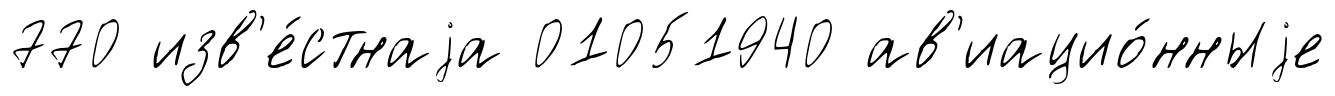
770 изв'е́стнаjа 01051940 ав'иацио́нныjе